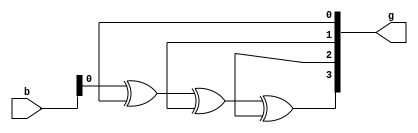
//verilog code for 4-bit Binary to Gray code converter using gate level modeling...

module binary_gray(b,g);
input[3:0]b;
output[3:0]g;

buf g1(b[3],g[3]);
xor g2(b[3],b[2],g[2]);
xor g3(b[2],b[1],g[1]);
xor g4(b[1],b[0],g[0]);

endmodule